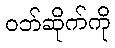
ဝဘ်ဆိုက်ကို